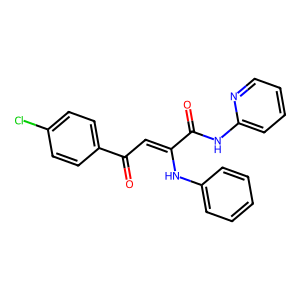
SMILES: O=C(Nc1ccccn1)C(=CC(=O)c1ccc(Cl)cc1)Nc1ccccc1
Inhibits HIV replication: No